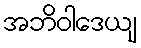
အဘိဝါဒေယျ